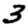
Digit: 3